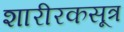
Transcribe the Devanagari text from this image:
शारीरकसूत्र